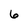
Character: 6